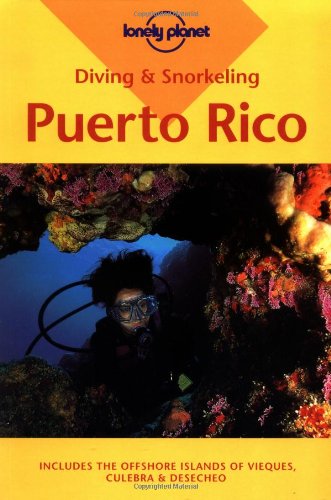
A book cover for Diving and Snorkeling Puerto Rico (Diving & Snorkeling); Steve Simonsen; Travel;